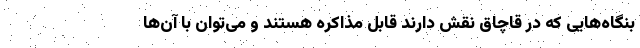
بنگاه‌هایی که در قاچاق نقش دارند قابل مذاکره هستند و می‌توان با آن‌ها